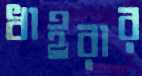
ধাইরার